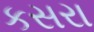
કસરા